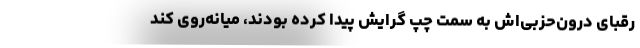
رقبای درون‌حزبی‌اش به سمت چپ گرایش پیدا کرده بودند، میانه‌روی کند